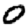
Digit: 0